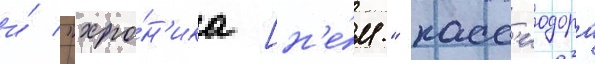
и́ "хро́н'ика [н'е́м." касс'иодора